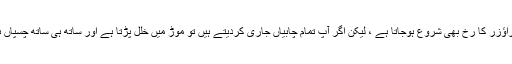
اس سے براؤزر کا رخ بھی شروع ہوجاتا ہے ، لیکن اگر آپ تمام چابیاں جاری کردیتے ہیں تو موڑ میں خلل پڑتا ہے اور ساتھ ہی ساتھ چسپاں ہوجاتا ہے۔